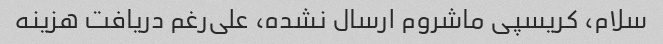
سلام، کریسپی ماشروم ارسال نشده، علی‌رغم دریافت هزینه